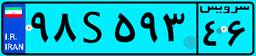
۹۸S۵۹۳۴۶